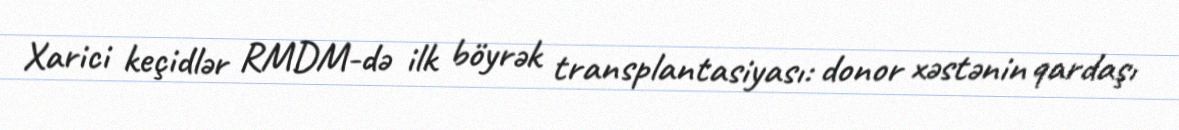
Xarici keçidlər RMDM-də ilk böyrək transplantasiyası: donor xəstənin qardaşı